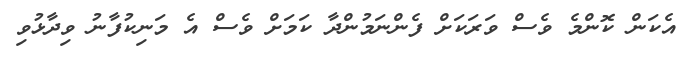
އެކަން ކޮންމެ ވެސް ވަރަކަށް ފެންނަމުންދާ ކަމަށް ވެސް އެ މަނިކުފާނު ވިދާޅުވި